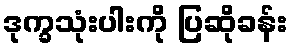
ဒုက္ခသုံးပါးကို ပြဆိုခန်း